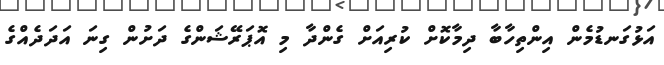
އަޅުގަނޑުމެން އިންތިހާބާ ދިމާކޮށް ކުރިއަށް ގެންދާ މި އޮޕަރޭޝަންގެ ދަށުން ގިނަ އަދަދެއްގެ